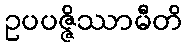
ဥပပဇ္ဇိဿာမီတိ